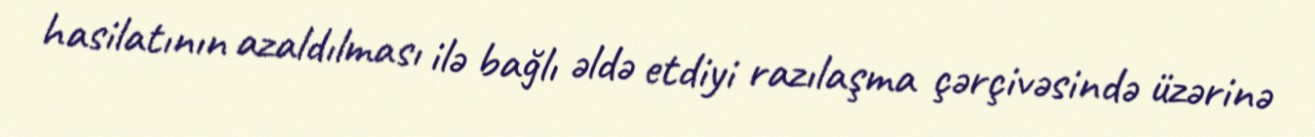
hasilatının azaldılması ilə bağlı əldə etdiyi razılaşma çərçivəsində üzərinə